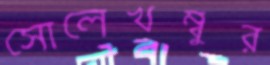
সোলেখম্বুর